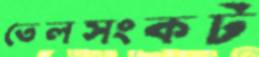
তেলসংকট